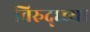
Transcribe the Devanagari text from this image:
विरुद्ध्च्या